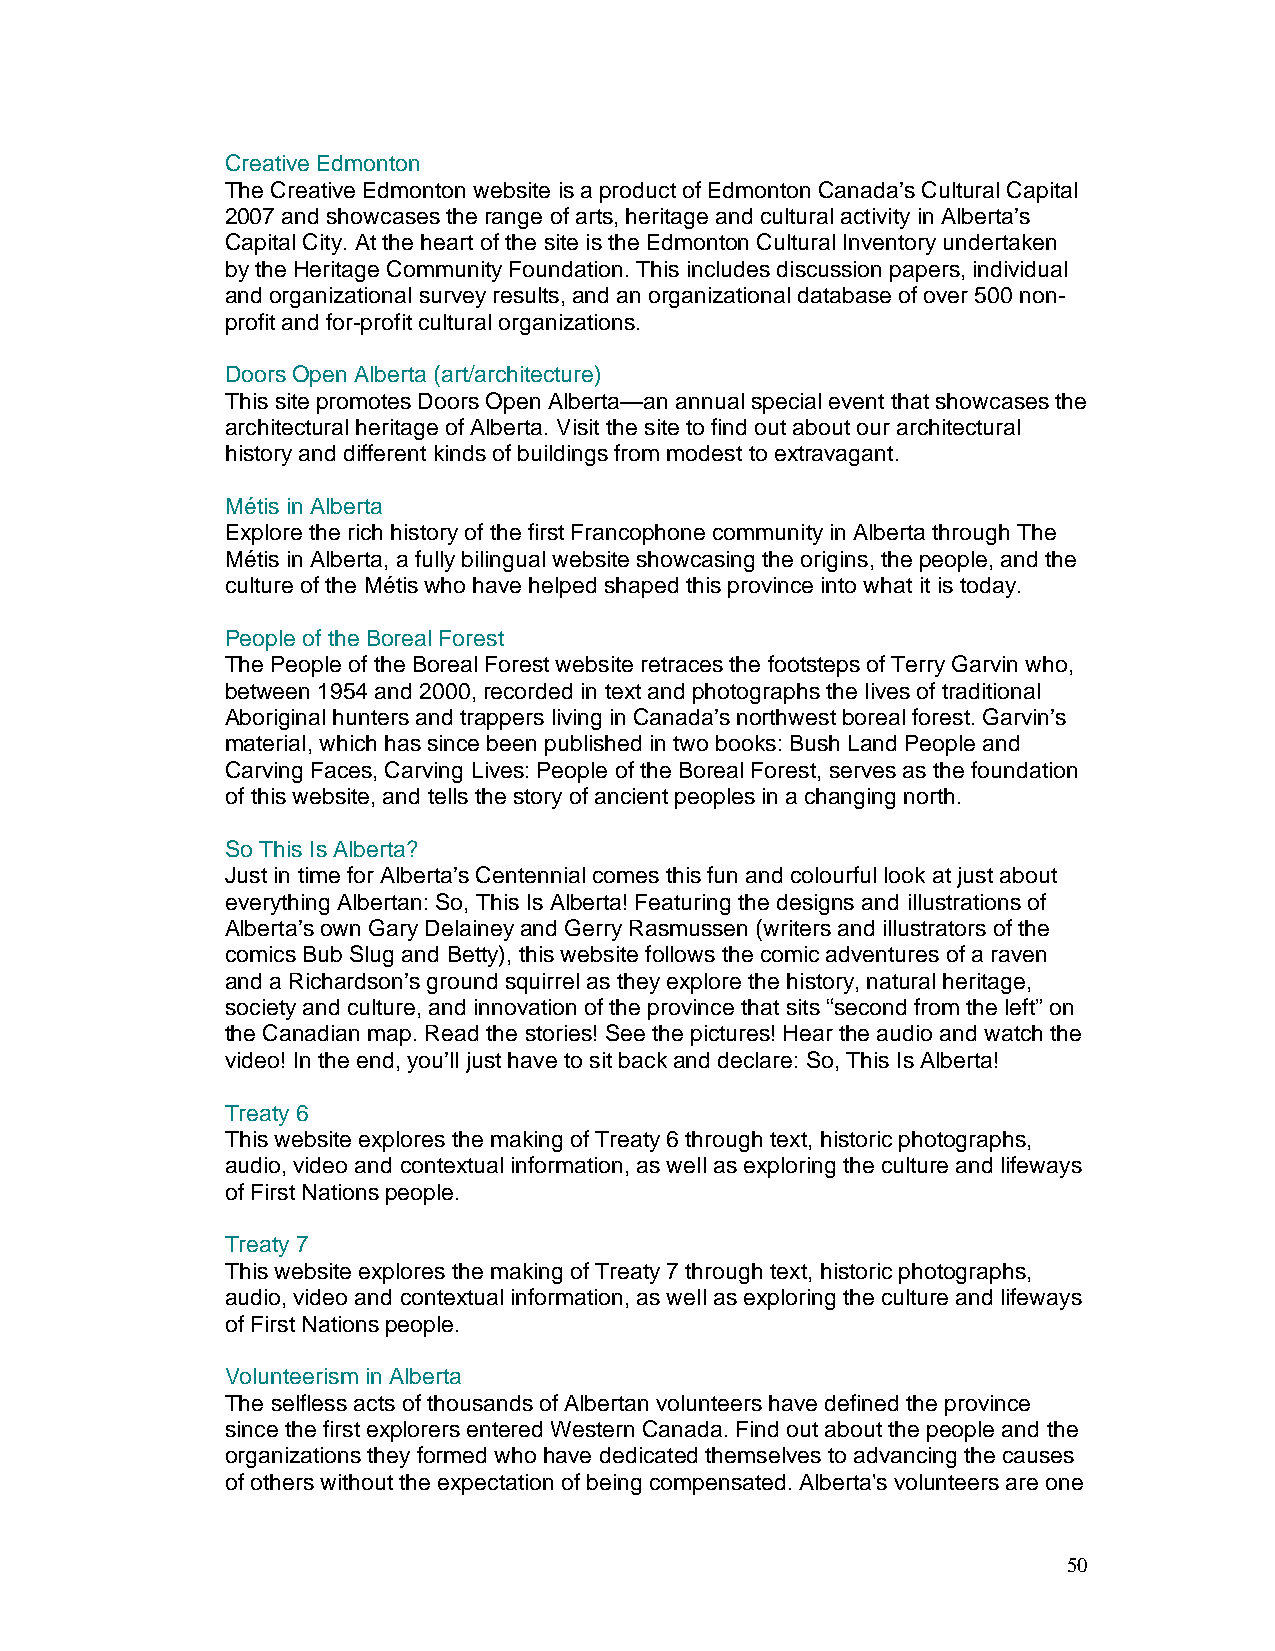
Creative Edmonton
 The Creative Edmonton website is a product of Edmonton Canada’s Cultural Capital
 2007 and showcases the range of arts, heritage and cultural activity in Alberta’s
 Capital City. At the heart of the site is the Edmonton Cultural Inventory undertaken
 by the Heritage Community Foundation. This includes discussion papers, individual
 and organizational survey results, and an organizational database of over 500 non-
 profit and for-profit cultural organizations.
 Doors Open Alberta (art/architecture)
 This site promotes Doors Open Alberta—an annual special event that showcases the
 architectural heritage of Alberta. Visit the site to find out about our architectural
 history and different kinds of buildings from modest to extravagant.
 Métis in Alberta
 Explore the rich history of the first Francophone community in Alberta through The
 Métis in Alberta, a fully bilingual website showcasing the origins, the people, and the
 culture of the Métis who have helped shaped this province into what it is today.
 People of the Boreal Forest
 The People of the Boreal Forest website retraces the footsteps of Terry Garvin who,
 between 1954 and 2000, recorded in text and photographs the lives of traditional
 Aboriginal hunters and trappers living in Canada’s northwest boreal forest. Garvin’s
 material, which has since been published in two books: Bush Land People and
 Carving Faces, Carving Lives: People of the Boreal Forest, serves as the foundation
 of this website, and tells the story of ancient peoples in a changing north.
 So This Is Alberta?
 Just in time for Alberta’s Centennial comes this fun and colourful look at just about
 everything Albertan: So, This Is Alberta! Featuring the designs and illustrations of
 Alberta’s own Gary Delainey and Gerry Rasmussen (writers and illustrators of the
 comics Bub Slug and Betty), this website follows the comic adventures of a raven
 and a Richardson’s ground squirrel as they explore the history, natural heritage,
 society and culture, and innovation of the province that sits “second from the left” on
 the Canadian map. Read the stories! See the pictures! Hear the audio and watch the
 video! In the end, you’ll just have to sit back and declare: So, This Is Alberta!
 Treaty 6
 This website explores the making of Treaty 6 through text, historic photographs,
 audio, video and contextual information, as well as exploring the culture and lifeways
 of First Nations people.
 Treaty 7
 This website explores the making of Treaty 7 through text, historic photographs,
 audio, video and contextual information, as well as exploring the culture and lifeways
 of First Nations people.
 Volunteerism in Alberta
 The selfless acts of thousands of Albertan volunteers have defined the province
 since the first explorers entered Western Canada. Find out about the people and the
 organizations they formed who have dedicated themselves to advancing the causes
 of others without the expectation of being compensated. Alberta's volunteers are one
 50